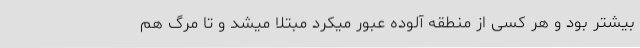
بیشتر بود و هر کسی از منطقه آلوده عبور میکرد مبتلا میشد و تا مرگ هم